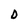
Character: D